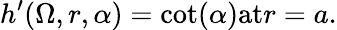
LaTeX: h^{\prime}(\Omega,r,\alpha)=\textrm{cot}(\alpha)\textrm{at}r=a.